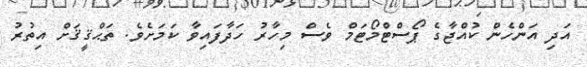
އަދި އަންހެން ކުއްޖާގެ ޕޯސްޓްމޯޓަމް ވެސް މިހާރު ހަދާފައިވާ ކަމަށެވެ. ތަޙްޤީޤަށް އިތުރު